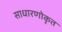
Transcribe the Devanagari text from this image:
साधारणोकृत